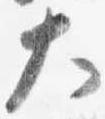
大